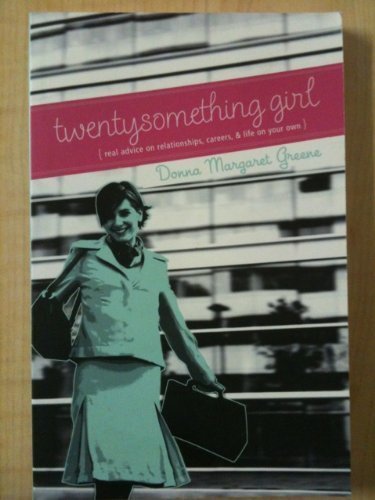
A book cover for Twentysomething Girl: Real Advice on Relationships, Careers, and Life on Your Own; Donna Margaret Greene; Religion & Spirituality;